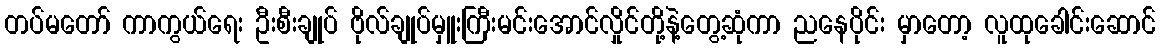
တပ်မတော် ကာကွယ်ရေး ဦးစီးချုပ် ဗိုလ်ချုပ်မှူးကြီးမင်းအောင်လှိုင်တို့နဲ့တွေ့ဆုံကာ ညနေပိုင်း မှာတော့ လူထုခေါင်းဆောင်